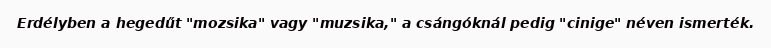
Erdélyben a hegedűt "mozsika" vagy "muzsika," a csángóknál pedig "cinige" néven ismerték.